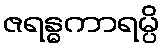
ဇရန္ဓကာရမ္ပိ